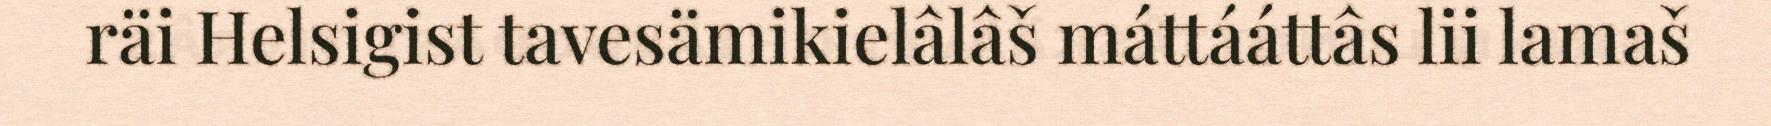
räi Helsigist tavesämikielâlâš máttááttâs lii lamaš